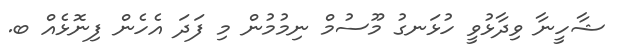
ޝާހީނާ ވިދާޅުވީ ހުޅަނގު މޫސުމް ނިމުމުން މި ފަދަ އެހެން ފިނޮޅެއް ބ.